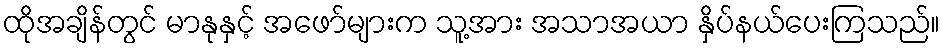
ထိုအချိန်တွင် မာနုနှင့် အဖော်များက သူ့အား အသာအယာ နှိပ်နယ်ပေးကြသည်။